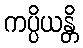
ကပ္ပိယန္တိ